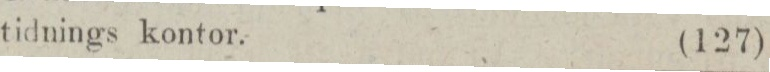
tidnings kontor.    (127)